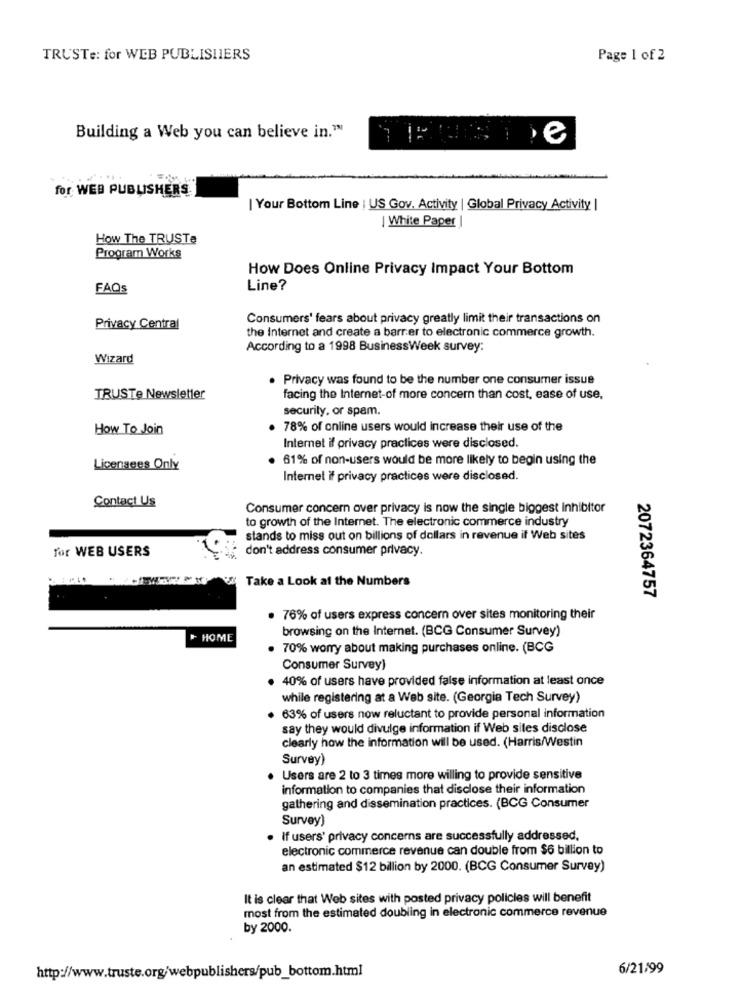
TRUSTe: for WEB PUBLISHIERS
Page 1 of 2
Building a Web you can believe in."
for WEB PUBLISHERS
| Your Bottom Line | US Gov. Activity | Global Privacy Activity |
| White Paper
How The TRUSTe
Program Works
How Does Online Privacy Impact Your Bottom
FAQS
Line?
Consumers' fears about privacy greatly limit their transactions on
Privacy Central
the Internet and create a barrier to electronic commerce growth.
According to a 1998 BusinessWeek survey:
Wizard
. Privacy was found to be the number one consumer issue
TRUSTe Newsletter
facing the Internet-of more concern than cost, ease of use,
security, or spam.
How To Join
. 78% of online users would increase their use of the
Internet if privacy practices were disclosed.
61% of non-users would be more likely to begin using the
Licensees Only
Internet if privacy practices were disclosed.
Contact Us
Consumer concern over privacy is now the single biggest inhibitor
to growth of the Internet. The electronic commerce industry
stands to miss out on billions of dollars in revenue if Web sites
for WEB USERS
don't address consumer privacy.
Take a Look at the Numbers
2072364757
. 76% of users express concern over sites monitoring their
browsing on the Internet. (BCG Consumer Survey)
HOME
70% worry about making purchases online. (BCG
Consumer Survey)
40% of users have provided false information at least once
while registering at a Web site. (Georgia Tech Survey)
63% of users now reluctant to provide personal information
say they would divulge information if Web sites disclose
clearly how the information will be used. (Harris/Westin
Survey)
Users are 2 to 3 times more willing to provide sensitive
information to companies that disclose their information
gathering and dissemination practices. (BCG Consumer
Survey)
if users' privacy concerns are successfully addressed.
electronic commerce revenue can double from $6 billion to
an estimated $12 billion by 2000. (BCG Consumer Survey)
It is clear that Web sites with posted privacy policies will benefit
most from the estimated doubling in electronic commerce revenue
by 2000.
http://www.truste.org/webpublishers/pub_bottom.html
6/21/99